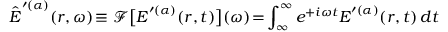
\hat { \boldsymbol { E } } ^ { \prime ( \alpha ) } ( \boldsymbol { r } , \omega ) \! \equiv \mathcal { F } \big [ \boldsymbol { E } ^ { \prime ( \alpha ) } ( \boldsymbol { r } , t ) \big ] ( \omega ) \! = \! \int _ { \infty } ^ { \infty } e ^ { + i \omega t } \boldsymbol { E } ^ { \prime ( \alpha ) } ( \boldsymbol { r } , t ) \, d t